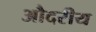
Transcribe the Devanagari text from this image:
औदरीय